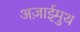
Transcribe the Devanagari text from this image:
अज़ाईमुथ